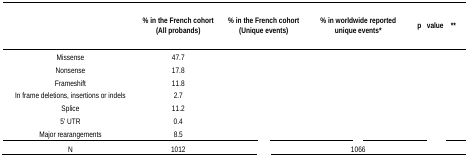
<table><thead><tr><td>[EMPTY_CELL]</td><td><b>% in the French cohort (All probands)</b></td><td><b>% in the French cohort (Unique events)</b></td><td><b>% in worldwide reported unique events*</b></td><td><b>p value **</b></td></tr></thead><tbody><tr><td>Missense</td><td>47.7</td><td>[EMPTY_CELL]</td><td>[EMPTY_CELL]</td><td>[EMPTY_CELL]</td></tr><tr><td>Nonsense</td><td>17.8</td><td>[EMPTY_CELL]</td><td>[EMPTY_CELL]</td><td>[EMPTY_CELL]</td></tr><tr><td>Frameshift</td><td>11.8</td><td>[EMPTY_CELL]</td><td>[EMPTY_CELL]</td><td>[EMPTY_CELL]</td></tr><tr><td>In frame deletions, insertions or indels</td><td>2.7</td><td>[EMPTY_CELL]</td><td>[EMPTY_CELL]</td><td>[EMPTY_CELL]</td></tr><tr><td>Splice</td><td>11.2</td><td>[EMPTY_CELL]</td><td>[EMPTY_CELL]</td><td>[EMPTY_CELL]</td></tr><tr><td>5′ UTR</td><td>0.4</td><td>[EMPTY_CELL]</td><td>[EMPTY_CELL]</td><td>[EMPTY_CELL]</td></tr><tr><td>Major rearangements</td><td>8.5</td><td>[EMPTY_CELL]</td><td>[EMPTY_CELL]</td><td>[EMPTY_CELL]</td></tr><tr><td>N</td><td>1012</td><td>[EMPTY_CELL]</td><td>1066</td><td>[EMPTY_CELL]</td></tr></tbody></table>